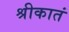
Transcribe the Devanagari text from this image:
श्रीकातं